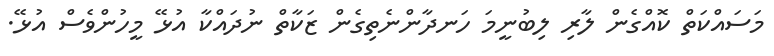
މަސައްކަތް ކޮއްގެން ލާރި ލިބުނީމަ ހަނދާންނެތިގެން ޒަކާތް ނުދައްކާ އުޅޭ މީހުންވެސް އުޅޭ.